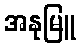
အနုမြူ